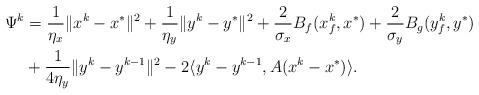
LaTeX: \begin{align*}\Psi^k &= \frac{1}{\eta_x}\|x^k - x^*\|^2+\frac{1}{\eta_y}\|y^k - y^*\|^2+\frac{2}{\sigma_x}B_f(x_f^k, x^*)+\frac{2}{\sigma_y}B_g(y_f^k, y^*)\\&+\frac{1}{4\eta_y}\|y^k - y^{k-1}\|^2-2\langle y^k-y^{k-1}, A(x^k-x^*) \rangle.\end{align*}